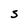
Character: S